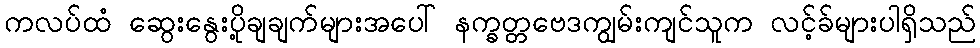
ကလပ်ထံ ဆွေးနွေးပို့ချချက်များအပေါ် နက္ခတ္တဗေဒကျွမ်းကျင်သူက လင့်ခ်များပါရှိသည်